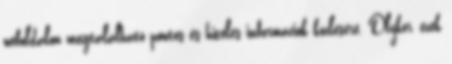
weboldalon megtalálható pontos és hiteles információk közlésére. Olykor, ezek